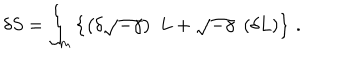
LaTeX: \delta S = \int _ { m } \left\{ \left( \delta \sqrt { - \gamma } \right) \; L + \sqrt { - \gamma } \; \left( \delta L \right) \right\} \, .